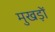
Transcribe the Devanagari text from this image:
मुखड़ों